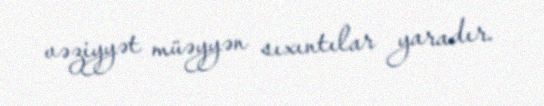
vəziyyət müəyyən sıxıntılar yaradır.